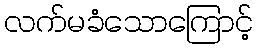
လက်မခံသောကြောင့်